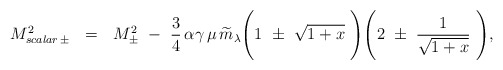
\begin{align*}M^2_{scalar\,\pm}~ ~=~~ M^2_{\pm} ~-~ {3 \over 4}\, \alpha \gamma\, \mu \,\widetilde{m}_\lambda \Bigg (1~ \pm ~ \sqrt {1+x}~ \Bigg ) \Bigg (2~\pm~ {1\over \sqrt {1+x}}~\Bigg),\end{align*}